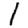
Digit: 1